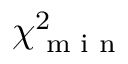
\chi _ { \textrm { m i n } } ^ { 2 }